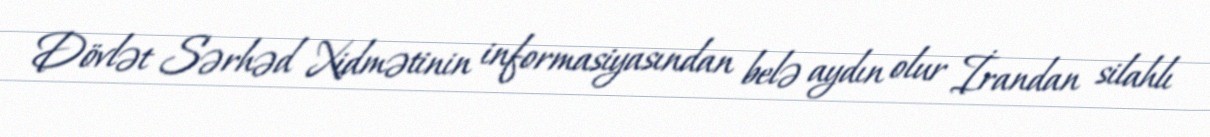
Dövlət Sərhəd Xidmətinin informasiyasından belə aydın olur İrandan silahlı